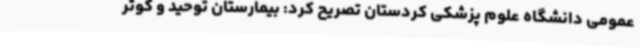
عمومی دانشگاه علوم پزشکی کردستان تصریح کرد: بیمارستان توحید و کوثر